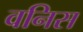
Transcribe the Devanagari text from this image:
वनिस